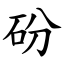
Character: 砏